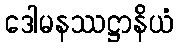
ဒေါမနဿဋ္ဌာနိယံ